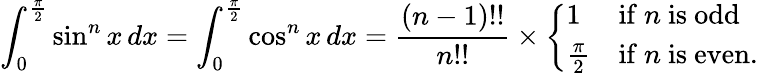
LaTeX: \int_{0}^{\frac{\pi}{2}}\sin^{n}x\, dx=\int_{0}^{\frac{\pi}{2}}\cos^{n}x\, dx={\frac{(n-1)!!}{n!!}}\times{\left\{ \begin{array}{ll}{1}&{{\mathrm{if~}}n{\mathrm{~is~odd}}}\\ {{\frac{\pi}{2}}}&{{\mathrm{if~}}n{\mathrm{~is~even.}}}\end{array}\right.}